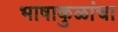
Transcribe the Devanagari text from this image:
भाषाकुळांचा